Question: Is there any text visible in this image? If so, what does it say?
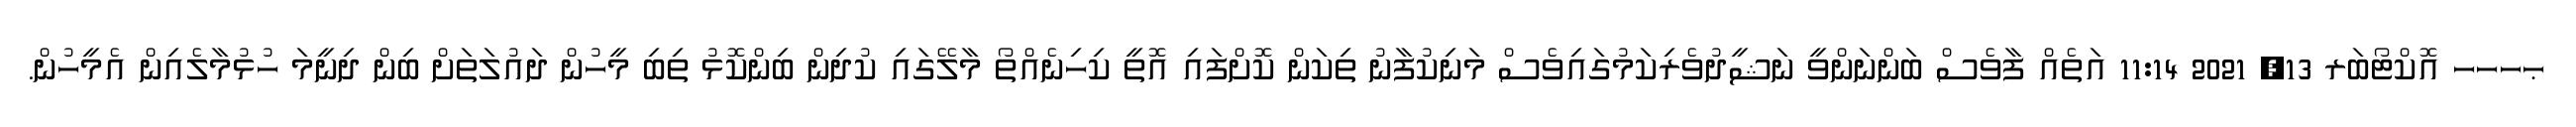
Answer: ޙހހހ އޮކްޓޯބަރ 13, 2021 11:14 އަތެއް ފާވެސް ބަންނަންވީ ނަޝީދުވެރިކަމުގައިވެސް މަނިކުފާނު ތިކަން ކޮށްފައި އޮތީ ކިހިނެއްތޯ މާލޭގައި ކުދިން ބިންކޮޅު ތިބި މީހުން ދައުލަތަށް ބިން ދިނީމަ ހުޅުމާލެއިން އެމީހުން.